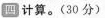
四计算。(30分)